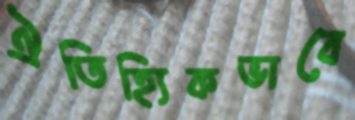
ঐতিহ্যিকভাবে